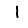
Digit: 1